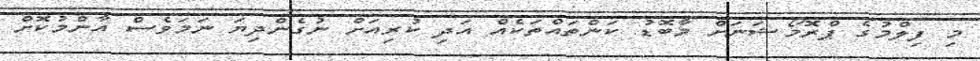
މި ފިލްމުގެ ޕްރޮމޯޝަނަށް މާބޮޑު ކަންތައްތަކެއް އަދި ކުރިއަށް ނުގެންދިޔަ ނަމަވެސް އާންމުކޮށް